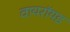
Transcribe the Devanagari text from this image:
वायरॉयड